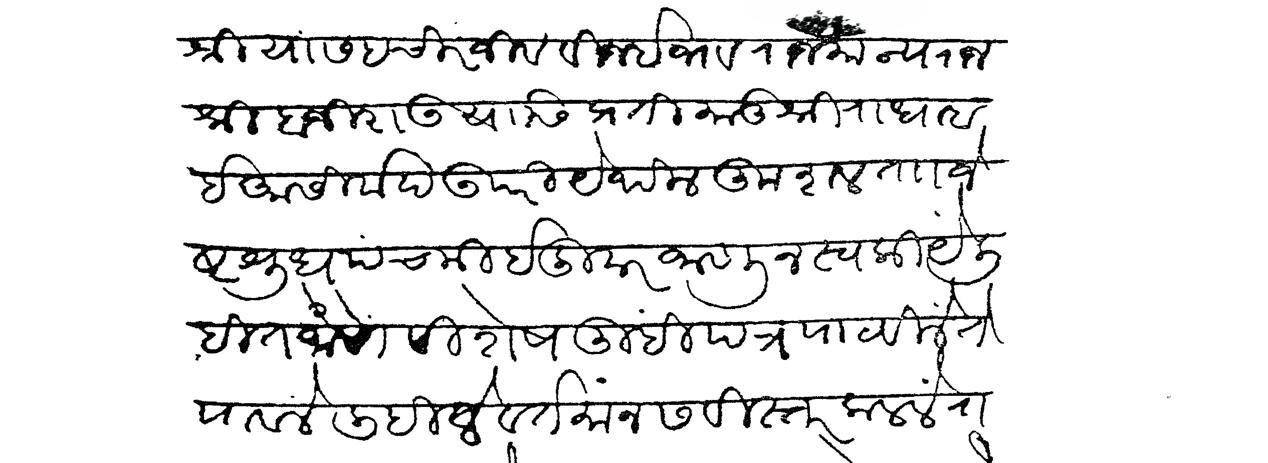
Transliteration (Devanagari): श्री यासह चिरंजीव विजीभव राजमान्य राजश्री बाजीराउ यांसी प्रति मातुश्री राधाबाई आशीर्वद उपरी येथील कुशल ताा ज्येष्ठ शुद्ध पंचमी इंदुवार जाणून स्वकीये लिहीत जाणें विशेष तुम्ही पत्र पाठविलें ते पावलें लिहिलें वर्तमान सविस्तर कळलें रा